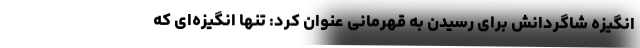
انگیزه شاگردانش برای رسیدن به قهرمانی عنوان کرد: تنها انگیزه‌ای که